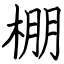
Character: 棚